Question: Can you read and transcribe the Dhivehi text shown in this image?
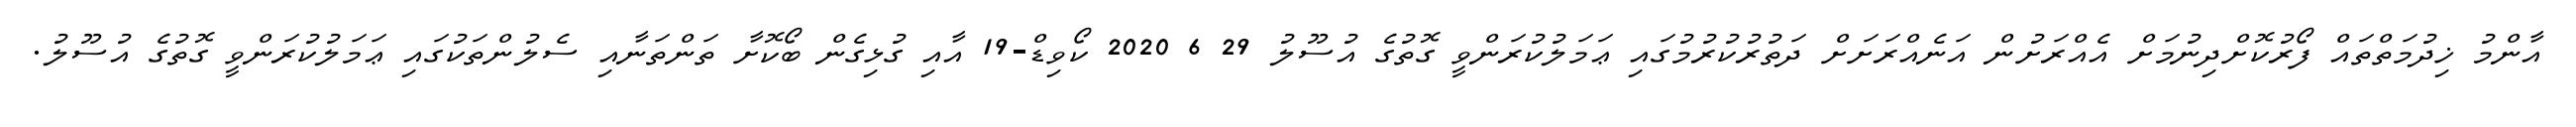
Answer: އާންމު ޚިދުމަތްތައް ފޯރުކޮށްދިނުމަށް އެއްރަށުން އަނެއްރަށަށް ދަތުރުކުރުމުގައި ޢަމަލުކުރަންވީ ގޮތުގެ އުސޫލު 29 6 2020 ކޯވިޑް-19 އާއި ގުޅިގެން ބޯކޮށާ ތަންތަނާއި ސެލުންތަކުގައި ޢަމަލުކުރަންވީ ގޮތުގެ އުސޫލު.